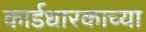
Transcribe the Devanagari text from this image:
कार्डधारकाच्या